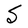
Character: S